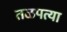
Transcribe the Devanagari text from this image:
तळपत्या